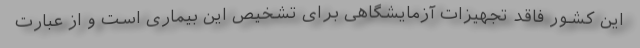
این کشور فاقد تجهیزات آزمایشگاهی برای تشخیص این بیماری است و از عبارت